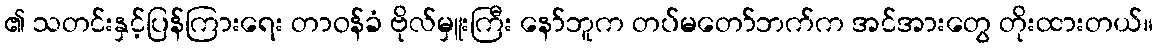
၏ သတင်းနှင့်ပြန်ကြားရေး တာဝန်ခံ ဗိုလ်မှူးကြီး နော်ဘူက တပ်မတော်ဘက်က အင်အားတွေ တိုးထားတယ်။